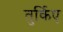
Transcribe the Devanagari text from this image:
तुर्किए